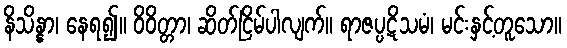
နိသိန္နာ၊ နေရ၍။ ဝိဝိတ္တာ၊ ဆိတ်ငြိမ်ပါလျက်။ ရာဇပ္ပဋိသမံ၊ မင်းနှင့်တူသော။